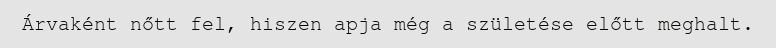
Árvaként nőtt fel, hiszen apja még a születése előtt meghalt.